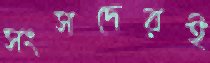
সংসদেরই